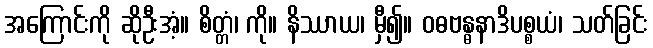
အကြောင်းကို ဆိုဦးအံ့။ စိတ္တံ၊ ကို။ နိဿာယ၊ မှီ၍။ ဝဓဗန္ဓနာဒိပစ္စယံ၊ သတ်ခြင်း